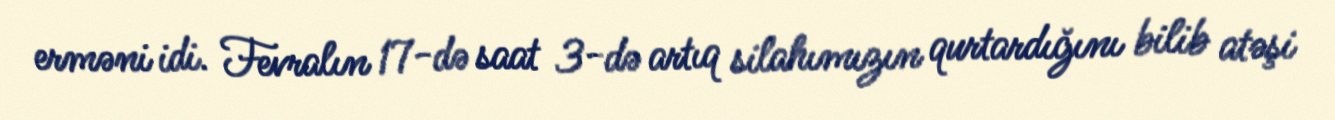
erməni idi. Fevralın 17-də saat 3-də artıq silahımızın qurtardığını bilib atəşi